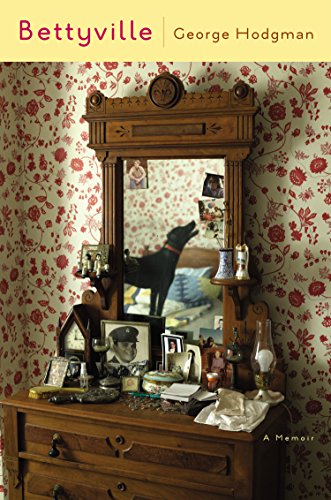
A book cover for Bettyville: A Memoir; George Hodgman; Gay & Lesbian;